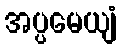
အပ္ပမေယျံ